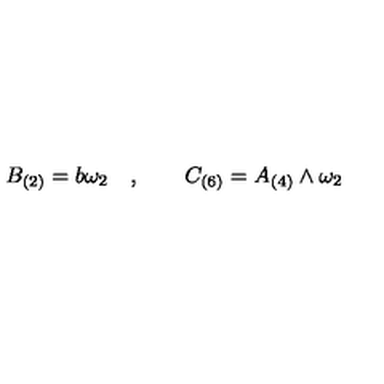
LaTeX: B _ { ( 2 ) } = b \omega _ { 2 } \quad , \qquad C _ { ( 6 ) } = A _ { ( 4 ) } \wedge \omega _ { 2 }